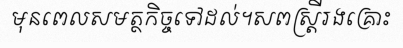
មុនពេលសមត្ថកិច្ចទៅដល់។សពស្ត្រីរងគ្រោះ